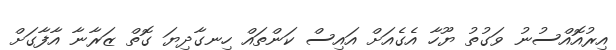
އިރުއޮއްސުނު ވަގުތު ޔޫހާ އެގެއަށް އައިސް ކަންތައް ހިނގާދިޔަ ގޮތް ޒަރާނާ އާފާގަށް